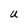
Character: U